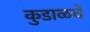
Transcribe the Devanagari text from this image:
कुडाळचे